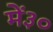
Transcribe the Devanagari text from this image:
में३०